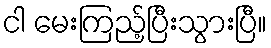
ငါ မေးကြည့်ပြီးသွားပြီ။